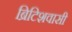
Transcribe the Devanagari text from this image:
ब्रिटिशवासी